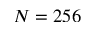
N = 2 5 6